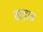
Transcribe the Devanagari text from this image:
खड़ाव